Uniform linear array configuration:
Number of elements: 16
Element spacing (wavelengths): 0.5
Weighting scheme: uniform
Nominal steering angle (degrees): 45
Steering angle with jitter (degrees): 43.8
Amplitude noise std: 0.05
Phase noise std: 0.05

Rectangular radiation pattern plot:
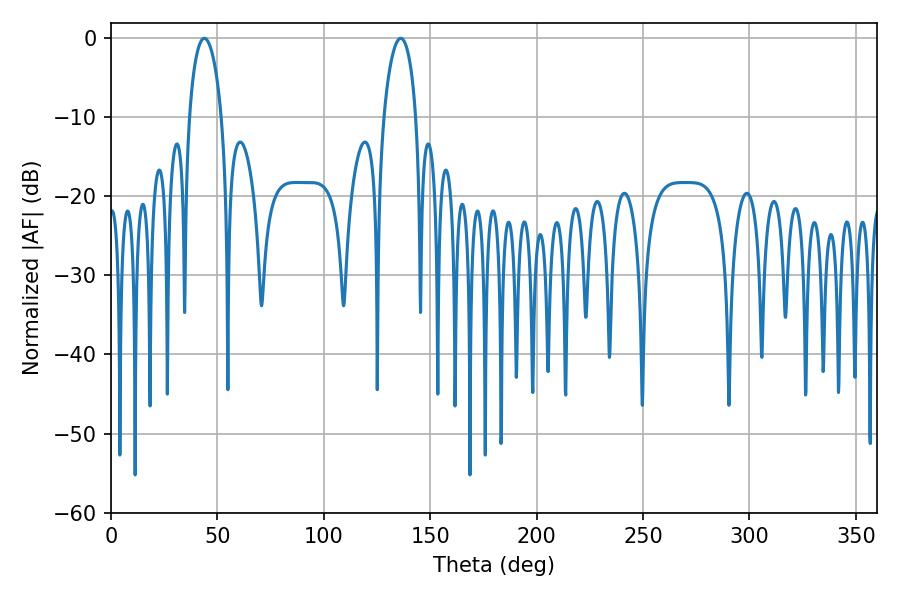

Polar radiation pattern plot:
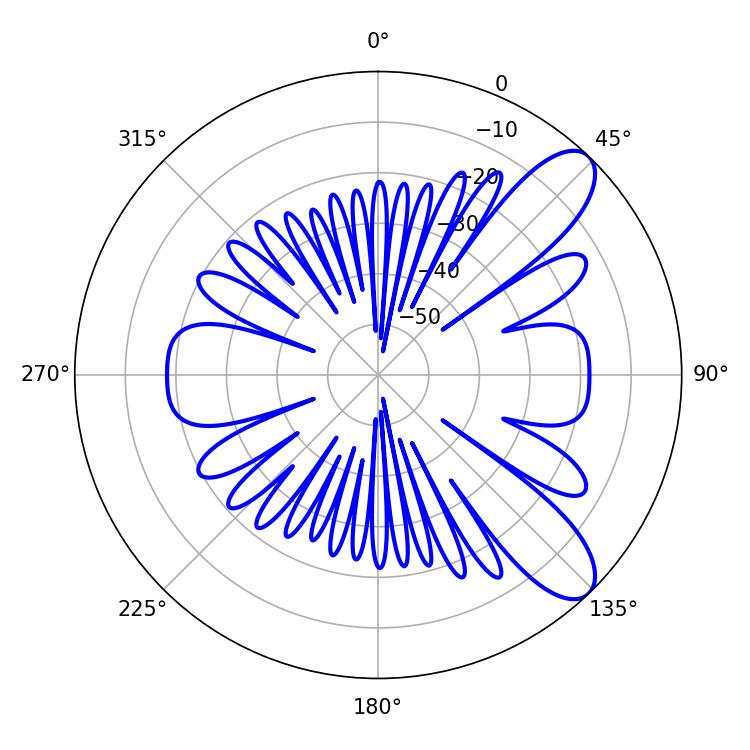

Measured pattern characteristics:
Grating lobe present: FALSE
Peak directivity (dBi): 9.387
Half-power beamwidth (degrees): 8.64
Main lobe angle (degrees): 136.08